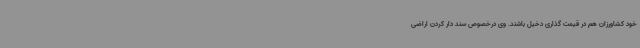
خود کشاورزان هم در قیمت گذاری دخیل باشند. وی درخصوص سند دار کردن اراضی